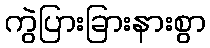
ကွဲပြားခြားနားစွာ